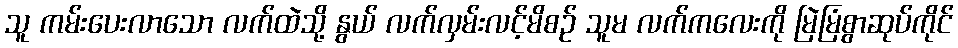
သူ ကမ်းပေးလာသော လက်ထဲသို့ နွယ် လက်လှမ်းလင့်မိစဉ် သူမ လက်ကလေးကို မြဲမြံစွာဆုပ်ကိုင်